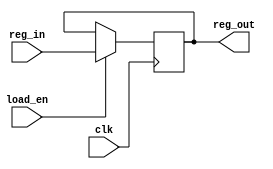
module L3_simple_reg(input [3:0] reg_in,
					 input load_en,
					 input clk,
					 output reg [3:0] reg_out);


    always@(posedge clk)
    begin
        if(load_en)
			reg_out <= reg_in;
    end
	
endmodule